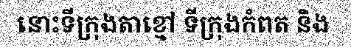
នោះទីក្រុងតាខ្មៅ ទីក្រុងកំពត និង